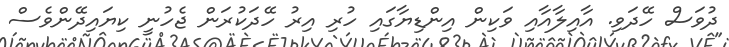
ދުވަސް ހޭދަވި. އާއިލާއާއި ވަކިން އިންޑިޔާގައި ހުރި އިރު ހޭދަކުރަން ޖެހުނީ ކިޔައިދޭންވެސް